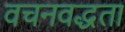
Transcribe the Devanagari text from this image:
वचनवद्धता